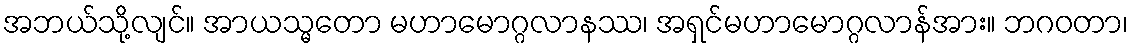
အဘယ်သို့လျင်။ အာယသ္မတော မဟာမောဂ္ဂလာနဿ၊ အရှင်မဟာမောဂ္ဂလာန်အား။ ဘဂဝတာ၊